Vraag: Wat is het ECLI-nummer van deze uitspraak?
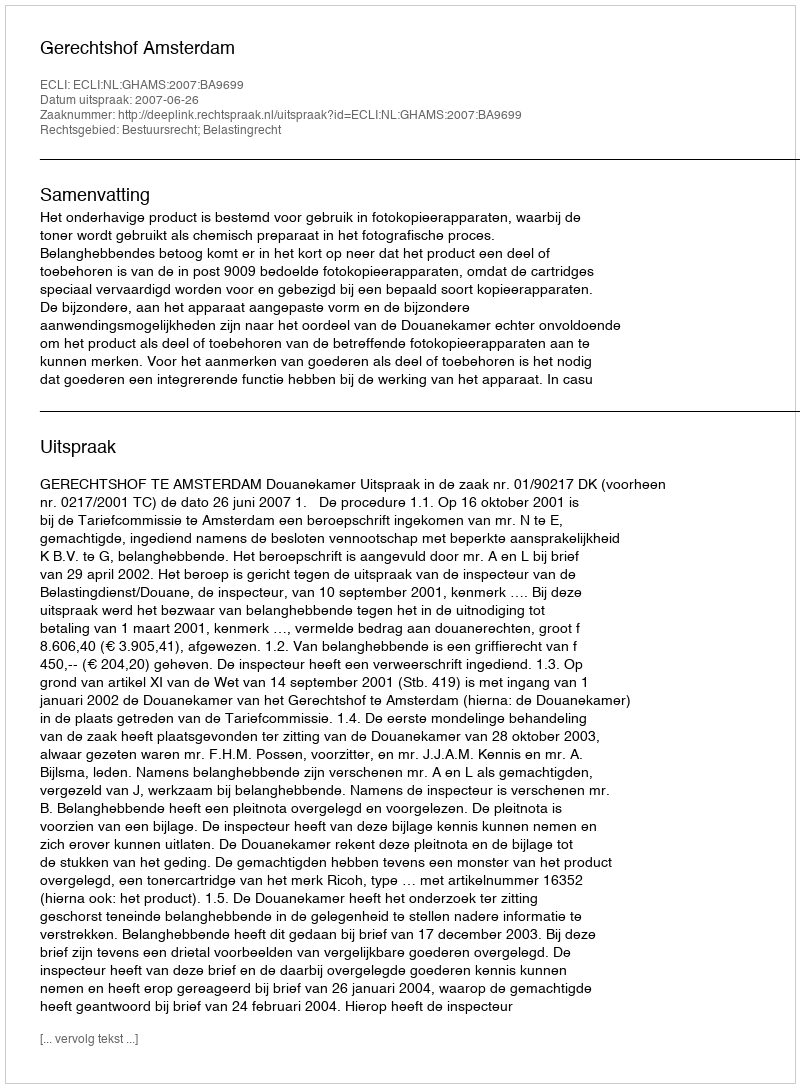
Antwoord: ECLI:NL:GHAMS:2007:BA9699